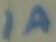
Text: 1A